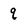
Character: q